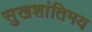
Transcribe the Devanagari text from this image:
सुखशांतिमय